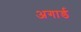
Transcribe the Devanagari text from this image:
अगार्ड